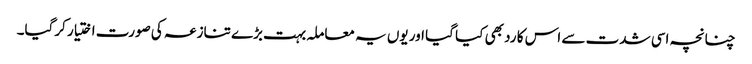
چنانچہ اسی شدت سے اس کا رد بھی کیا گیا اور یوں یہ معاملہ بہت بڑے تنازعہ کی صورت اختیار کرگیا۔